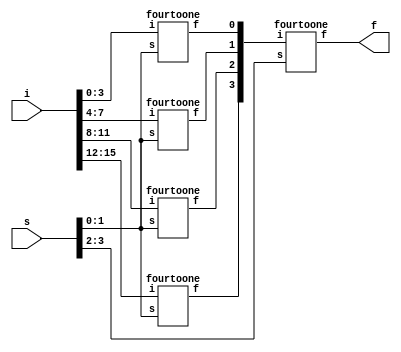
module sixteentoone(i,s,f);
input [15:0]i;
input [3:0]s;
output f;
wire [3:0]c;
fourtoone f0(i[3:0],s[1:0],c[0]);
fourtoone f1(i[7:4],s[1:0],c[1]);
fourtoone f2(i[11:8],s[1:0],c[2]);
fourtoone f3(i[15:12],s[1:0],c[3]);
fourtoone f4(c[3:0],s[3:2],f);
endmodule

module fourtoone(i,s,f);
input [3:0]i;
input [1:0]s;
output f;
reg f;
always @(i,s)
begin
f = s[1]?(s[0]?i[3]:i[2]):(s[0]?i[1]:i[0]);
end
endmodule